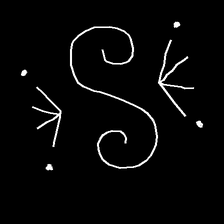
Glyph: aeroform